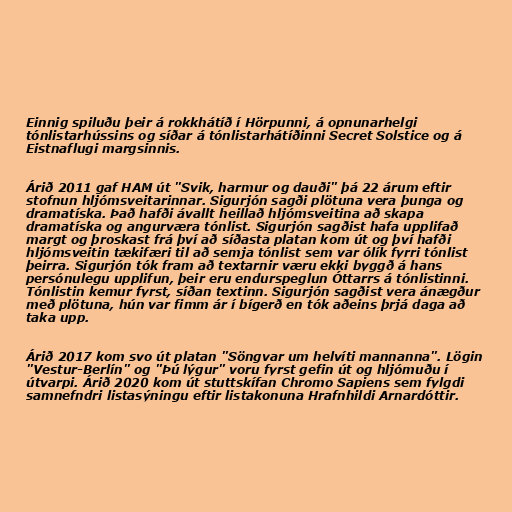
Einnig spiluðu þeir á rokkhátíð í Hörpunni, á opnunarhelgi
tónlistarhússins og síðar á tónlistarhátíðinni Secret Solstice og á
Eistnaflugi margsinnis.

Árið 2011 gaf HAM út "Svik, harmur og dauði" þá 22 árum eftir
stofnun hljómsveitarinnar. Sigurjón sagði plötuna vera þunga og
dramatíska. Það hafði ávallt heillað hljómsveitina að skapa
dramatíska og angurværa tónlist. Sigurjón sagðist hafa upplifað
margt og þroskast frá því að síðasta platan kom út og því hafði
hljómsveitin tækifæri til að semja tónlist sem var ólík fyrri tónlist
þeirra. Sigurjón tók fram að textarnir væru ekki byggð á hans
persónulegu upplifun, þeir eru endurspeglun Óttarrs á tónlistinni.
Tónlistin kemur fyrst, síðan textinn. Sigurjón sagðist vera ánægður
með plötuna, hún var fimm ár í bígerð en tók aðeins þrjá daga að
taka upp.

Árið 2017 kom svo út platan "Söngvar um helvíti mannanna". Lögin
"Vestur-Berlín" og "Þú lýgur" voru fyrst gefin út og hljómuðu í
útvarpi. Árið 2020 kom út stuttskífan Chromo Sapiens sem fylgdi
samnefndri listasýningu eftir listakonuna Hrafnhildi Arnardóttir.